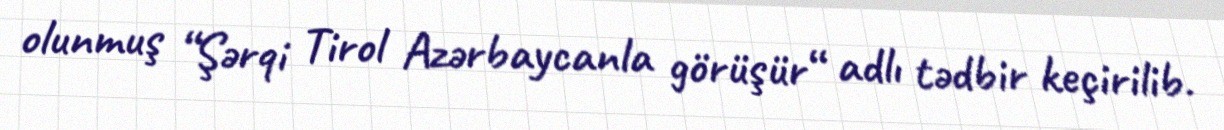
olunmuş “Şərqi Tirol Azərbaycanla görüşür“ adlı tədbir keçirilib.